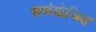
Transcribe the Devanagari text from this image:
समंयोजित